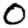
Digit: 0